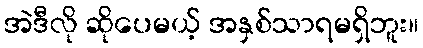
အဲဒီလို ဆိုပေမယ့် အနှစ်သာရမရှိဘူး။